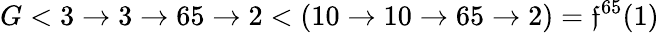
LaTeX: G<3\rightarrow3\rightarrow65\rightarrow2<(10\to10\to65\to2)=\mathfrak{f}^{65}(1)